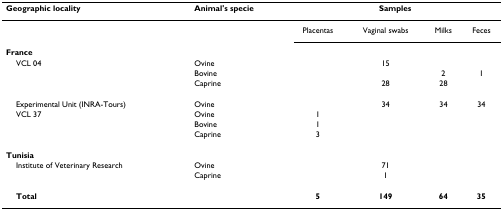
<table><thead><tr><td><b>Geographic locality</b></td><td><b>Animal&#x27;s specie</b></td><td colspan="4"><b>Samples</b></td></tr></thead><tbody><tr><td></td><td></td><td>Placentas</td><td>Vaginal swabs</td><td>Milks</td><td>Feces</td></tr><tr><td><b>France</b></td><td></td><td></td><td></td><td></td><td></td></tr><tr><td> VCL 04</td><td>Ovine</td><td></td><td>15</td><td></td><td></td></tr><tr><td></td><td>Bovine</td><td></td><td></td><td>2</td><td>1</td></tr><tr><td></td><td>Caprine</td><td></td><td>28</td><td>28</td><td></td></tr><tr><td> Experimental Unit (INRA-Tours)</td><td>Ovine</td><td></td><td>34</td><td>34</td><td>34</td></tr><tr><td> VCL 37</td><td>Ovine</td><td>1</td><td></td><td></td><td></td></tr><tr><td></td><td>Bovine</td><td>1</td><td></td><td></td><td></td></tr><tr><td></td><td>Caprine</td><td>3</td><td></td><td></td><td></td></tr><tr><td><b>Tunisia</b></td><td></td><td></td><td></td><td></td><td></td></tr><tr><td> Institute of Veterinary Research</td><td>Ovine</td><td></td><td>71</td><td></td><td></td></tr><tr><td></td><td>Caprine</td><td></td><td>1</td><td></td><td></td></tr><tr><td> <b>Total</b></td><td></td><td><b>5</b></td><td><b>149</b></td><td><b>64</b></td><td><b>35</b></td></tr></tbody></table>